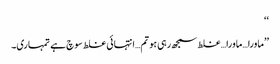
‘‘
’’ماورا…ماورا…غلط سمجھ رہی ہو تم…انتہائی غلط سوچ ہے تمہاری۔